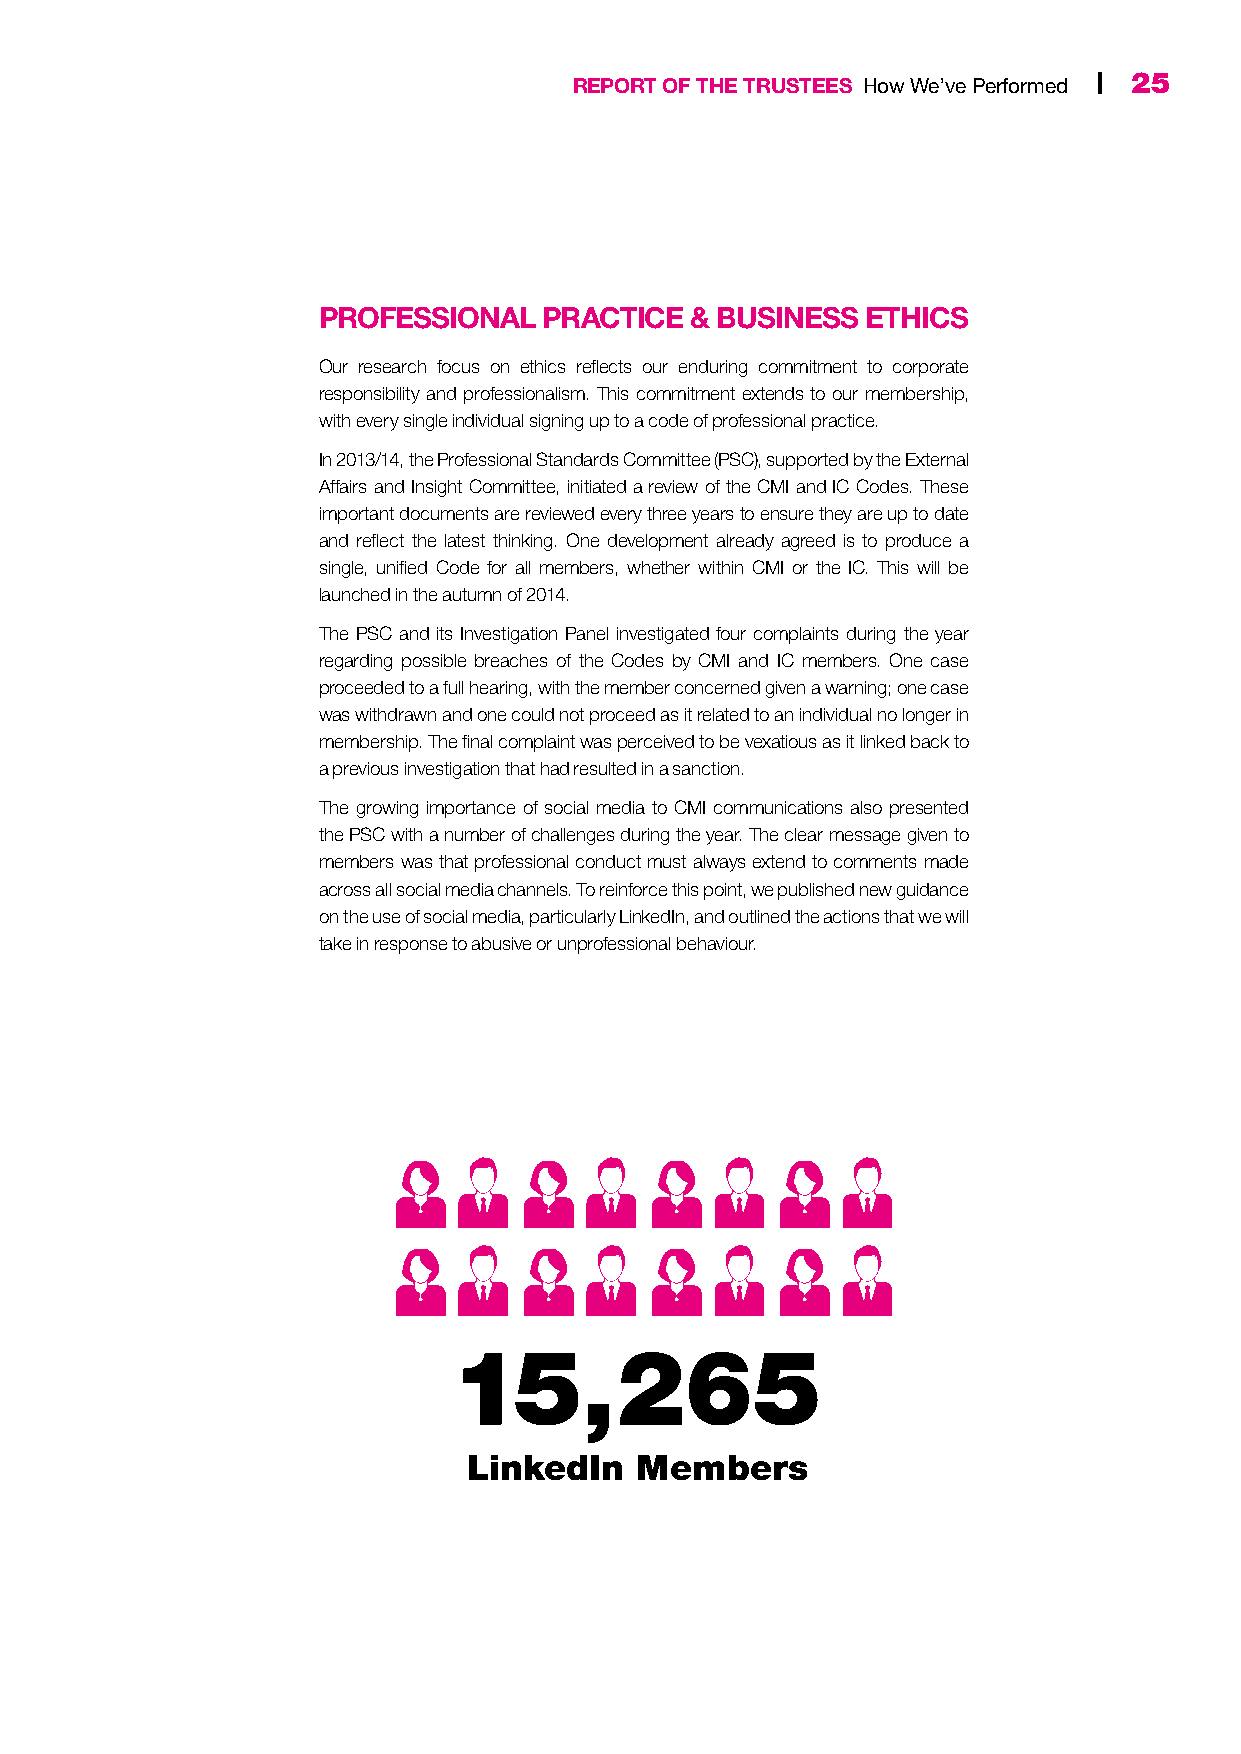
24 | CMI Annual Report & Accounts 2014 REPORT OF THE TRUSTEES How We’ve Performed | 25
 PROFESSIONAL   PRACTICE  & BUSINESS ETHICS
 Our research focus on ethics reflects our enduring commitment to corporate
 responsibility and professionalism. This commitment extends to our membership,
 with every single individual signing up to a code of professional practice.
 In 2013/14, the Professional Standards Committee (PSC), supported by the External
 Affairs and Insight Committee, initiated a review of the CMI and IC Codes. These
 important documents are reviewed every three years to ensure they are up to date
 and reflect the latest thinking. One development already agreed is to produce a
 single, unified Code for all members, whether within CMI or the IC. This will be
 launched in the autumn of 2014.
 The PSC and its Investigation Panel investigated four complaints during the year
 regarding possible breaches of the Codes by CMI and IC members. One case
 proceeded to a full hearing, with the member concerned given a warning; one case
 was withdrawn and one could not proceed as it related to an individual no longer in
 membership. The final complaint was perceived to be vexatious as it linked back to
 a previous investigation that had resulted in a sanction.
 The growing importance of social media to CMI communications also presented
 the PSC with a number of challenges during the year. The clear message given to
 members was that professional conduct must always extend to comments made
 across all social media channels. To reinforce this point, we published new guidance
 on the use of social media, particularly LinkedIn, and outlined the actions that we will
 take in response to abusive or unprofessional behaviour.
 15,265
 LinkedIn   Members